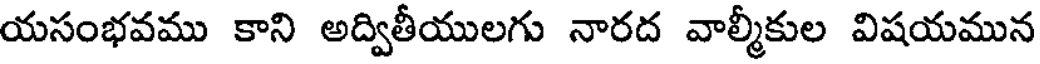
యసంభవము కాని అద్వితీయులగు నారద వాల్మీకుల విషయమున